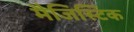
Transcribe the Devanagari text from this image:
मैजिस्टिक